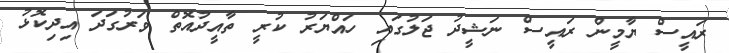
ރައީސް ޔާމީން ރައީސް ނަޝީދު ޖަލުގައި ހައްޔަރު ކުރީ ތާއީދުއޮތް ވަރުގަދަ އިދިކޮޅު